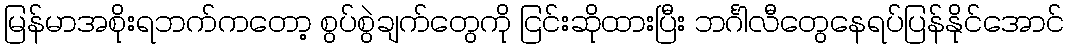
မြန်မာအစိုးရဘက်ကတော့ စွပ်စွဲချက်တွေကို ငြင်းဆိုထားပြီး ဘင်္ဂါလီတွေနေရပ်ပြန်နိုင်အောင်